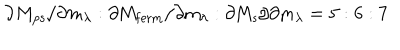
LaTeX: \partial M _ { \mathrm { p s } } / \partial m _ { \lambda } : \partial \mathrm { M _ { f e r m } / \partial m _ { \ l a m b d a } : \partial M _ { \mathrm { s } } / \partial m _ { \ l a m b d a } = 5 : 6 : 7 }